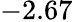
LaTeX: -2.67